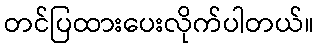
တင်ပြထားပေးလိုက်ပါတယ်။